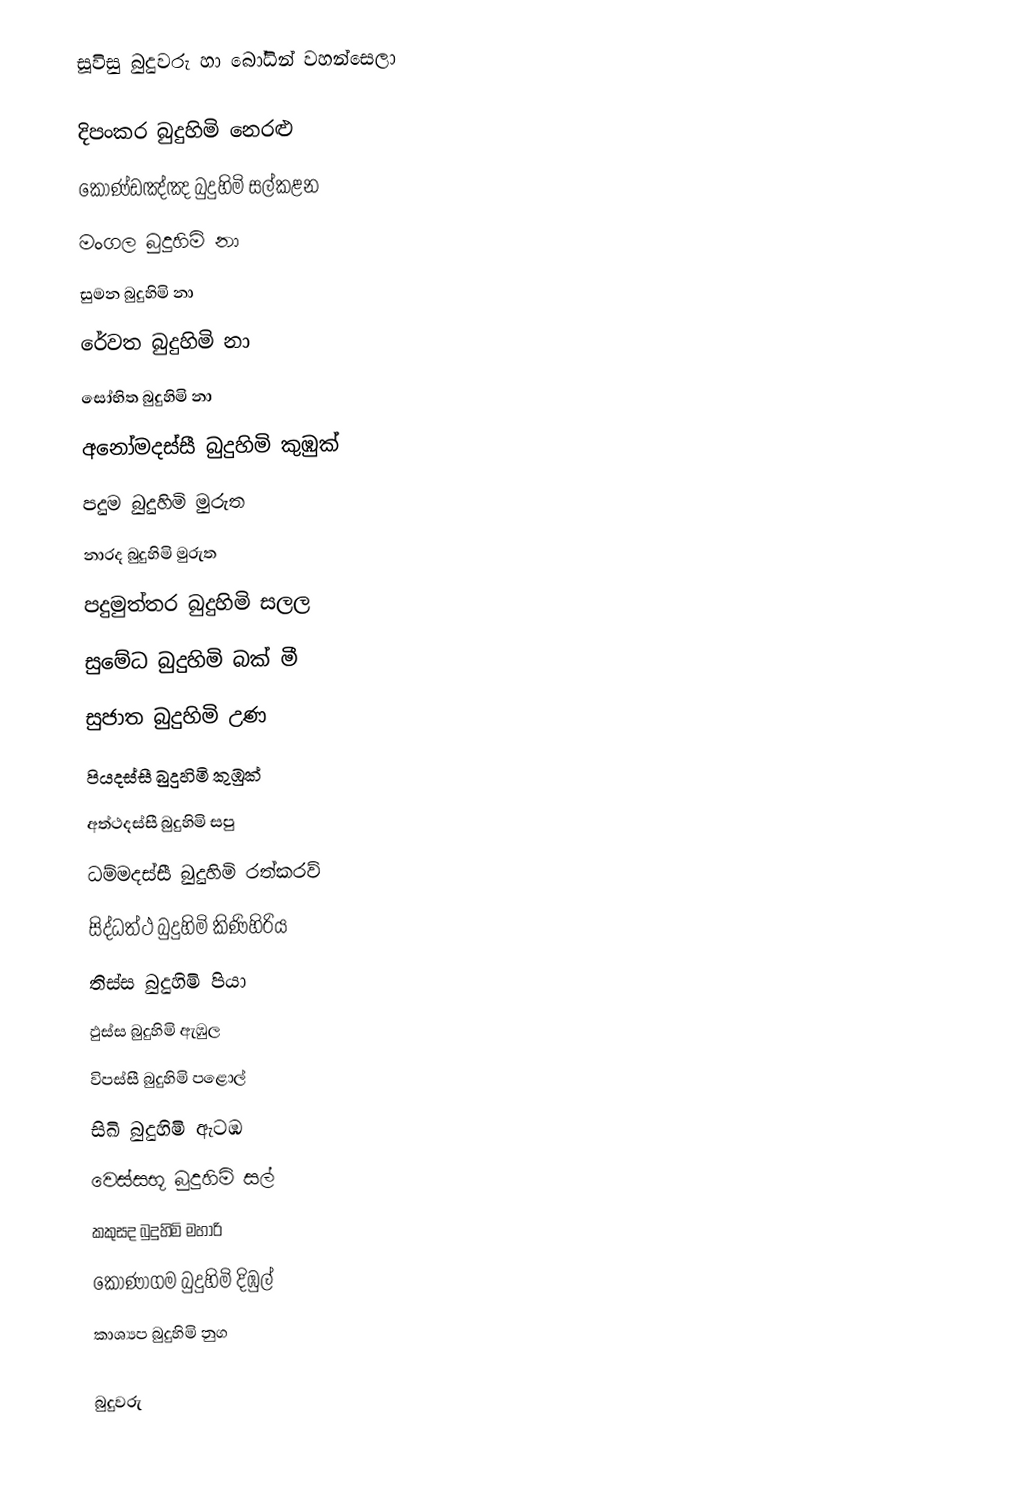
සූවිසු බුදුවරු හා බෝධින් වහන්සෙලා

 දිපංකර බුදුහිමි		  	නෙරළු
 කොණ්ඩඤ්ඤ බුදුහිමි 	  	සල්කළන
 මංගල බුදුහිමි 		        නා
 සුමන බුදුහිමි		        නා
 රේවත බුදුහිමි	       		නා
 සෝභිත බුදුහිමි			නා
 අනෝමදස්සී බුදුහිමි		කුඹුක්
 පදුම බුදුහිමි				මුරුත
 නාරද බුදුහිමි		        	මුරුත
 පදුමුත්තර බුදුහිමි			සලල
 සුමේධ බුදුහිමි			බක් මී
 සුජාත බුදුහිමි 		        උණ
 පියදස්සී බුදුහිමි 			කුඹුක්
 අත්ථදස්සී බුදුහිමි 			සපු
 ධම්මදස්සී බුදුහිමි 			රත්කරව්
 සිද්ධත්ථ බුදුහිමි			කිණිහිරිය
 තිස්ස බුදුහිමි		        	පියා
 ඵුස්ස බුදුහිමි		       		ඇඹුල
 විපස්සී බුදුහිමි 			පළොල්
 සිඛි බුදුහිමි				ඇටඹ
 වෙස්සභූ බුදුහිමි			සල්
 කකුසද බුදුහිමි			මහාරි
 කොණාගම බුදුහිමි		දිඹුල්
 කාශ්‍යප  බුදුහිමි			නුග

බුදුවරු